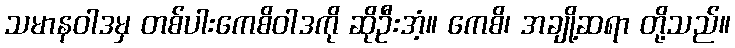
သမာနဝါဒမှ တစ်ပါးကေစိဝါဒကို ဆိုဦးအံ့။ ကေစိ၊ အချို့ဆရာ တို့သည်။